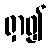
ရှာ၍